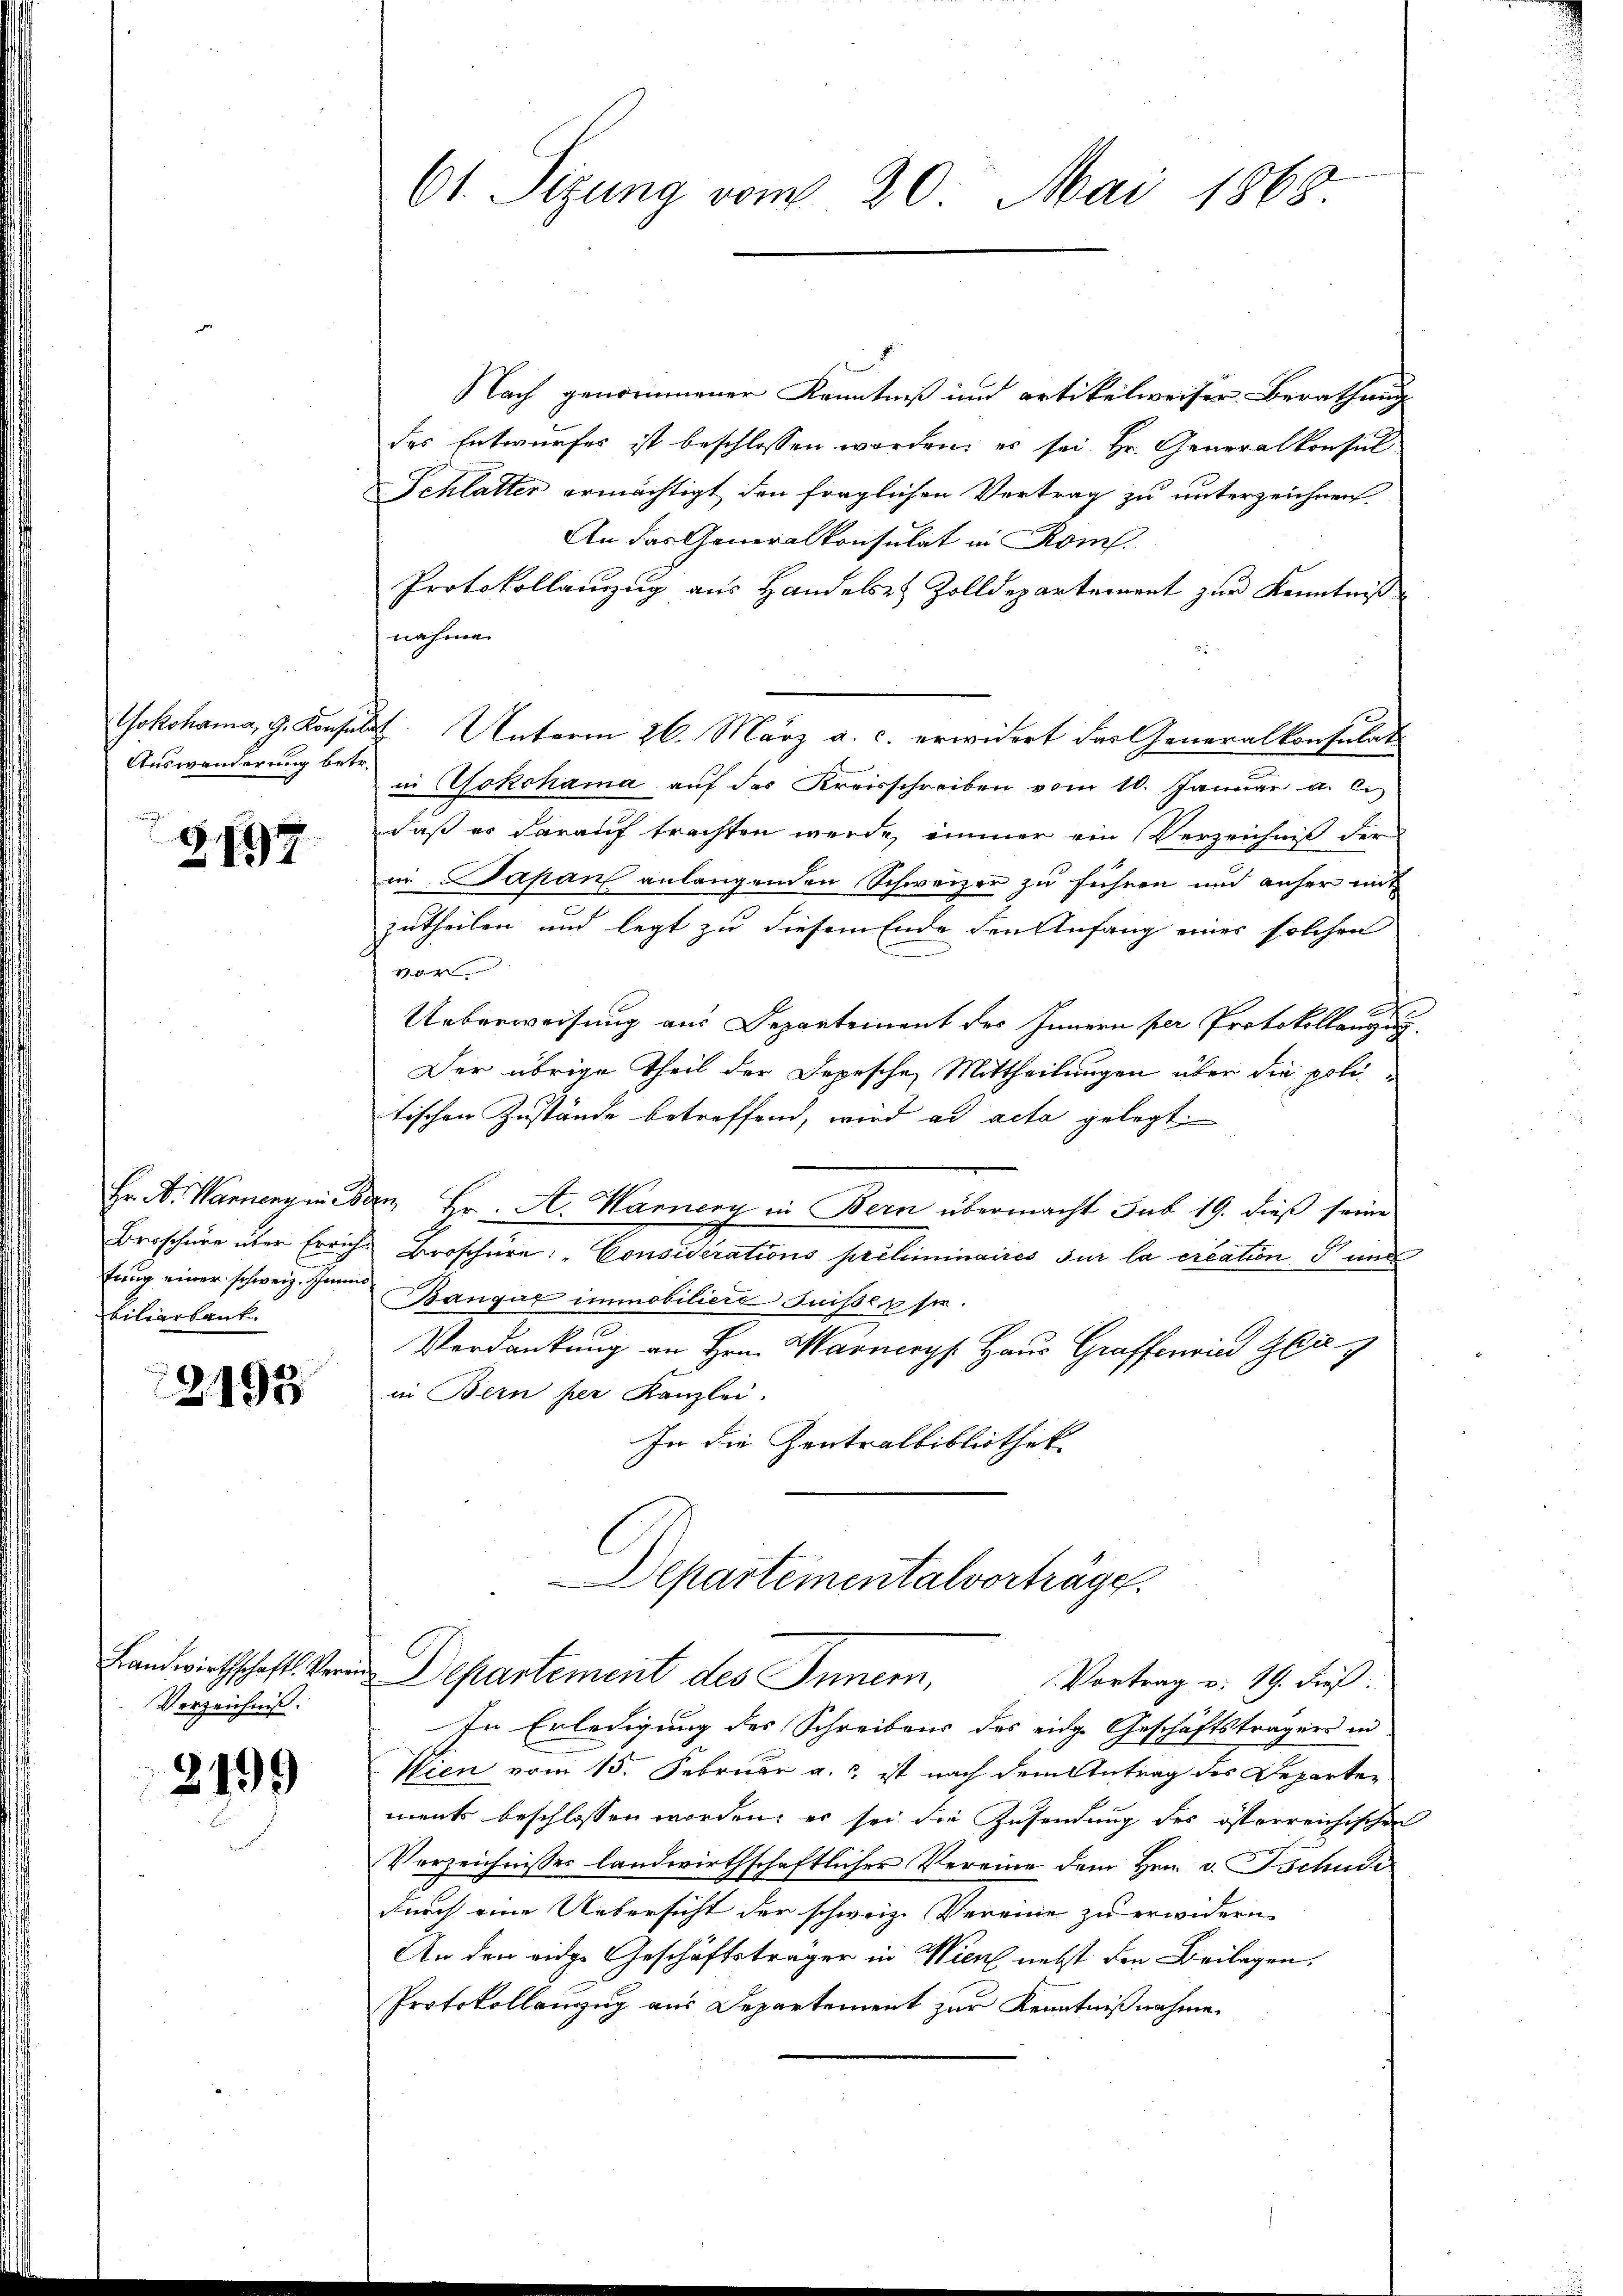
Yokohama, G. Konfel
Auswanderung betr.
u

G. 1797

Hr. A. Warnenz in 20
Broschüre über Errich
tung einer schweiz. Jann
bilierbaut.

2195

Landwirthschafts Veran
Verzeichnis.

2199

E

61. Sizung vom 20. Mai 1868.

Nach genommener Kenntniß und artikelweiser Berathung
des Entwurfes ist beschlossen worden, es sei Hr. Generalkonsul
Schlatter ermächtigt den fraglichen Vertrag zu unterzeichnen.
An das Generalkonsulat in Rom.
Protokollanzug aus Handels- & Zolldepartement zur Kenntniß
nahme
F. Unterm 26. März a. c. erwidert das Generalkonsulat
in Yokohama auf das Kreisschreiben vom 10. Januar a. c.
daß er darauf trachten werde, immer ein Verzeichniß der
in Japan anlangenden Schweizer zu führen und anher mit
zutheilen und legt zu diesem Ende den Anfang einer solchen
Viert
Ueberweisung aus Departement des Innern per Protokollange
Der übrige Theil der Depesche Mittheilungen über die politischen Zustände betreffend, wird ad acta gelegt.
in Fr. A. Warnery in Bern übermacht sub 19. dieß seine
Broschere: „Considerations préliminaires sur la creation und
Bangar immobiliere Suisse, u sei.
Verdankung an Hrn. Warnerys Haus Graffenried Gr
in Bern per Kanzlei.
In die Zentralbibliothek
Departementalvorträge.
Departement des Innern,
Vortrag v. 19. dieß:
In Erledigung des Schreibens des eidge Geschäftsträgen in
Wien vom 15. Februar a. c. ist nach dem Antrag des Departen
ments beschlossen worden; er sei die Zusendung des österreichischen
Verzeichnisses landwirthschaftlicher Vereine dem Hrn. v. Tschuss
durch eine Uebersicht der schweiz. Vereine zu erwidern
An der eige Geschäftsträger in Wien nebst den Beilagen,
Protokollanzug aus Departement zur Kenntnißnahme.